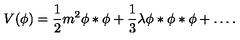
V ( \phi ) = \frac { 1 } { 2 } m ^ { 2 } \phi * \phi + \frac { 1 } { 3 } \lambda \phi * \phi * \phi + \ldots .